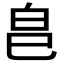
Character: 𭽊